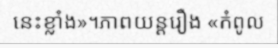
នេះខ្លាំង»។ភាពយន្តរឿង «កំពូល